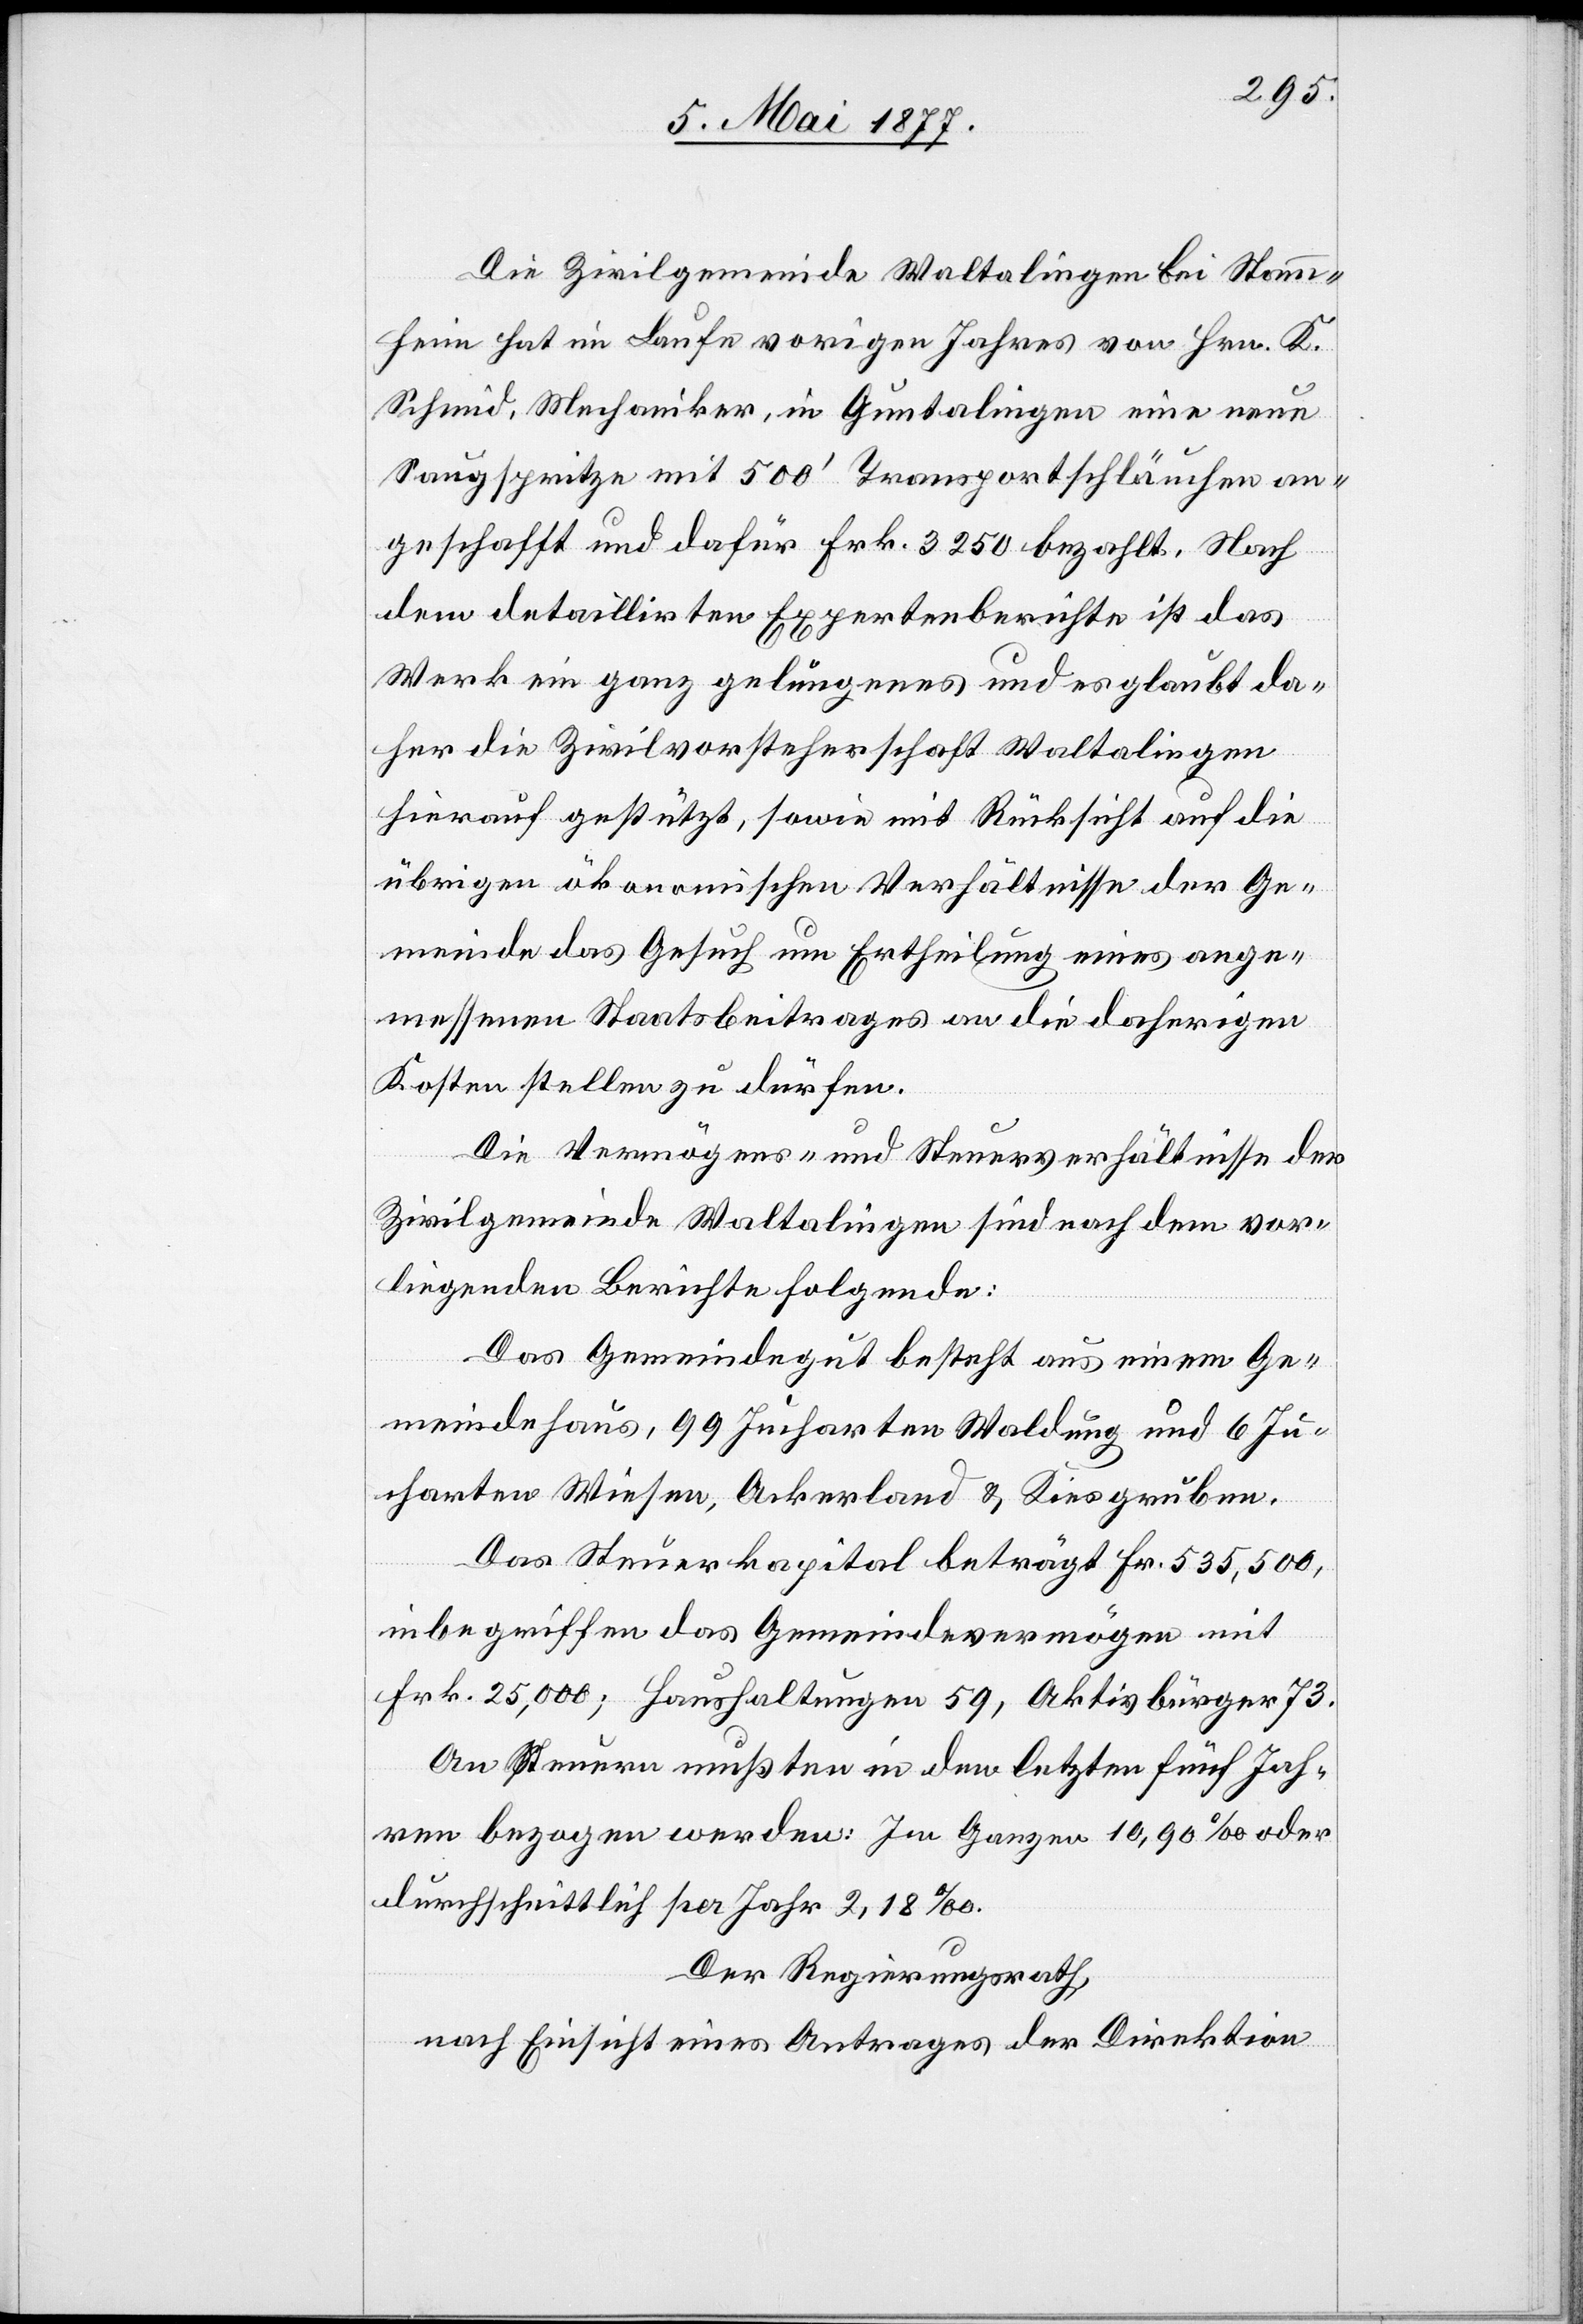
Die Zivilgemeinde Waltalingen bei Stamm¬
heim hat im Laufe vorigen Jahres von Hrn. K.
Schmid, Mechaniker, in Guntalingen eine neue
Saugspritze mit 500’ Transportschläuchen an¬
geschafft und dafür Frk. 3250 bezahlt. Nach
dem detaillirten Expertenberichte ist das
Werk ein ganz gelungenes und es glaubt da¬
her die Zivilvorsteherschaft Waltalingen
hierauf gestützt, sowie mit Rücksicht auf die
übrigen ökonomischen Verhältnisse der Ge¬
meinde das Gesuch um Ertheilung eines ange¬
messenen Staatsbeitrages an die daherigen
Kosten stellen zu dürfen.
Die Vermögens- und Steuerverhältnisse der
Zivilgemeinde Waltalingen sind nach dem vor¬
liegenden Berichte folgende:
Das Gemeindegut besteht aus einem Ge¬
meindehaus, 99 Jucharten Waldung und 6 Ju¬
charten Wiesen, Ackerland & Kiesgruben.
Das Steuerkapital beträgt Fr. 535,500,
inbegriffen das Gemeindevermögen mit
Frk. 25,000; Haushaltungen 59, Aktivbürger 73.
An Steuern mußten in den letzten fünf Jah¬
ren bezogen werden: Im Ganzen 10,90‰ oder
durchschnittlich per Jahr 2,18‰.
Der Regierungsrath,
nach Einsicht eines Antrages der Direktion